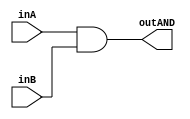
/* CSED273 lab1 experiment 1 */
/* lab1_1.v */
/* 20220100  */

/* Implement AND */
module lab1_1(outAND, inA, inB);
    output wire outAND;
    input wire inA, inB;

    ////////////////////////
    and(outAND, inA, inB); //A AND B
    ////////////////////////

endmodule